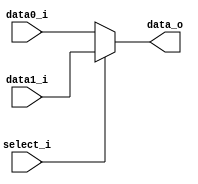
//Subject:     CO project 2 - MUX 221
//--------------------------------------------------------------------------------
//Version:     1
//--------------------------------------------------------------------------------
//Writer:      Luke
//----------------------------------------------
//----------------------------------------------
//Description:
//--------------------------------------------------------------------------------

module MUX_2to1(
               data0_i,
               data1_i,
               select_i,
               data_o
               );

parameter size = 0;

//I/O ports
input   [size-1:0] data0_i;
input   [size-1:0] data1_i;
input              select_i;
output  [size-1:0] data_o;

//Internal Signals
reg     [size-1:0] data_o;

//Main function
always @ ( * ) begin
    if (select_i) begin
        data_o <= data1_i;
    end else begin
        data_o <= data0_i;
    end
end

endmodule